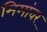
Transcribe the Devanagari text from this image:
मिमांवर